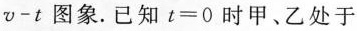
v-t图象。已知$$t=0$$时甲、乙处于